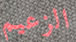
الزعيم